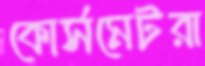
কোর্সমেটরা